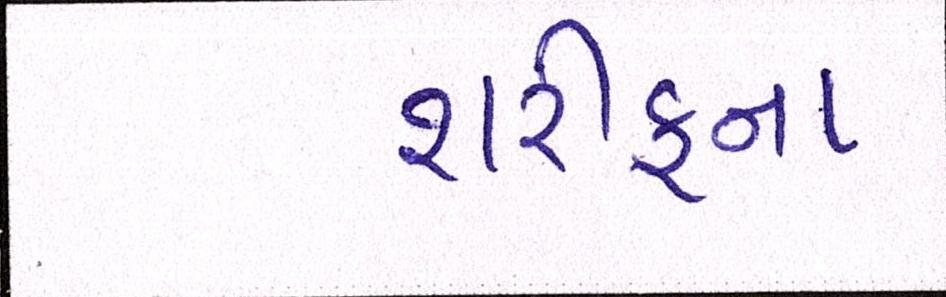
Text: શરીફના